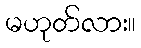
မဟုတ်လား။